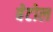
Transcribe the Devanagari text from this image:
बेटोल